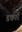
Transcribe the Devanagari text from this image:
डकारें